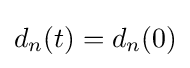
d_{n}(t)=d_{n}(0)